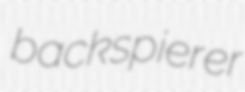
backspierer